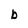
Character: b